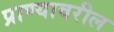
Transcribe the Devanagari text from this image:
प्राण्यावरील